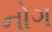
નોગ